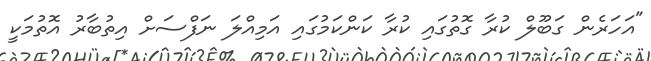
"އަހަރެން ގަބޫލް ކުރާ ގޮތުގައި ކުރާ ކަންކަމުގައި އަމިއްލަ ނަފްސަށް އިތުބާރު އޮތުމަކީ